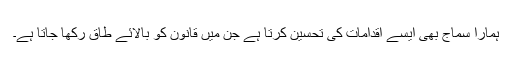
ہمارا سماج بھی ایسے اقدامات کی تحسین کرتا ہے جن میں قانون کو بالائے طاق رکھا جاتا ہے۔